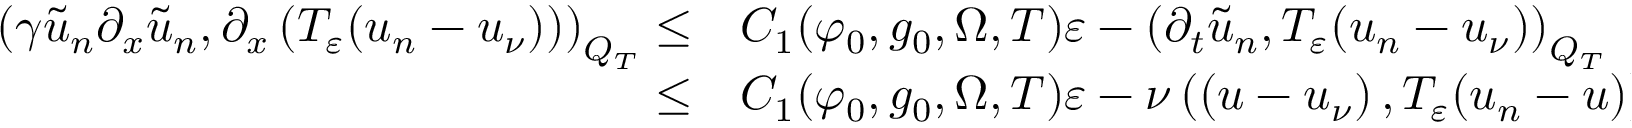
\begin{array} { r l } { \left( \gamma \tilde { u } _ { n } \partial _ { x } \tilde { u } _ { n } , \partial _ { x } \left( T _ { \varepsilon } ( u _ { n } - u _ { \nu } ) \right) \right) _ { Q _ { T } } \leq } & { { } C _ { 1 } ( \varphi _ { 0 } , g _ { 0 } , \Omega , T ) \varepsilon - \left( \partial _ { t } \tilde { u } _ { n } , T _ { \varepsilon } ( u _ { n } - u _ { \nu } ) \right) _ { Q _ { T } } } \\ { \leq } & { { } C _ { 1 } ( \varphi _ { 0 } , g _ { 0 } , \Omega , T ) \varepsilon - \nu \left( \left( u - u _ { \nu } \right) , T _ { \varepsilon } ( u _ { n } - u ) \right) _ { Q _ { T } } } \end{array}